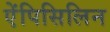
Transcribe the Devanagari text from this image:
ऐंपिसिलिन